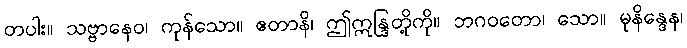
တပါး။ သဗ္ဗာနေဝ၊ ကုန်သော။ ဧတာနိ၊ ဤဣန္ဒြတို့ကို။ ဘဂဝတော၊ သော။ မုနိန္ဒေန၊